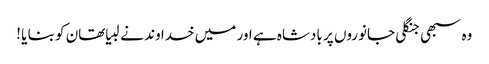
وہ سبھی جنگلی جانوروں پر بادشاہ ہے اور میں خدا وند نے لبیا تھان کو بنا یا !